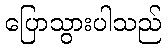
ပြောသွားပါသည်